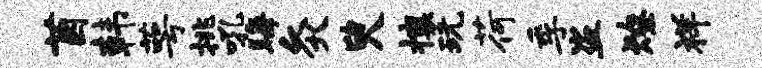
茵韩萼挑吼晦灸臾攘玩荷季盗燎祥